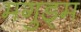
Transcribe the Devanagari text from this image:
मगुड्म